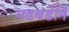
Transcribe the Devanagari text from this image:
गडबडीनें